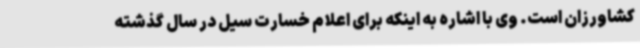
کشاورزان است. وی با اشاره به اینکه برای اعلام خسارت سیل در سال گذشته